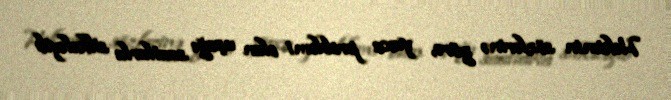
Həkimin sözlərinə görə, yuxu problemi olan uşağı saatlarla silkələyib